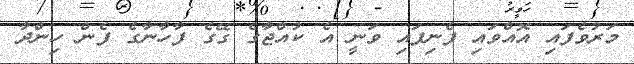
މަރުވެފައި އޮއްވައި ފެނިފައި ވަނީ އެ ކުއްޖާގެ ގޭގެ ފާހާނާގެ ފެން ހިންދާ